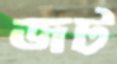
জট